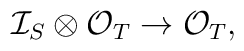
\mathcal{I}_S\otimes\mathcal{O}_T\to \mathcal{O}_T,